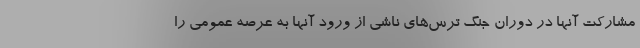
مشارکت آنها در دوران جنگ ترس‌های ناشی از ورود آنها به عرصه عمومی را